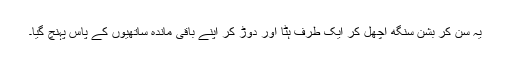
یہ سُن کر بشن سنگھ اُچھل کر ایک طرف ہٹا اور دوڑ کر اپنے باقی ماندہ ساتھیوں کے پاس پہنچ گیا۔